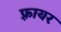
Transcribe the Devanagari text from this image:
फ़्रायर